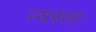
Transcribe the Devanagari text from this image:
न्यस्ताः